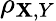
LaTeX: \rho_{\mathbf{X},Y}